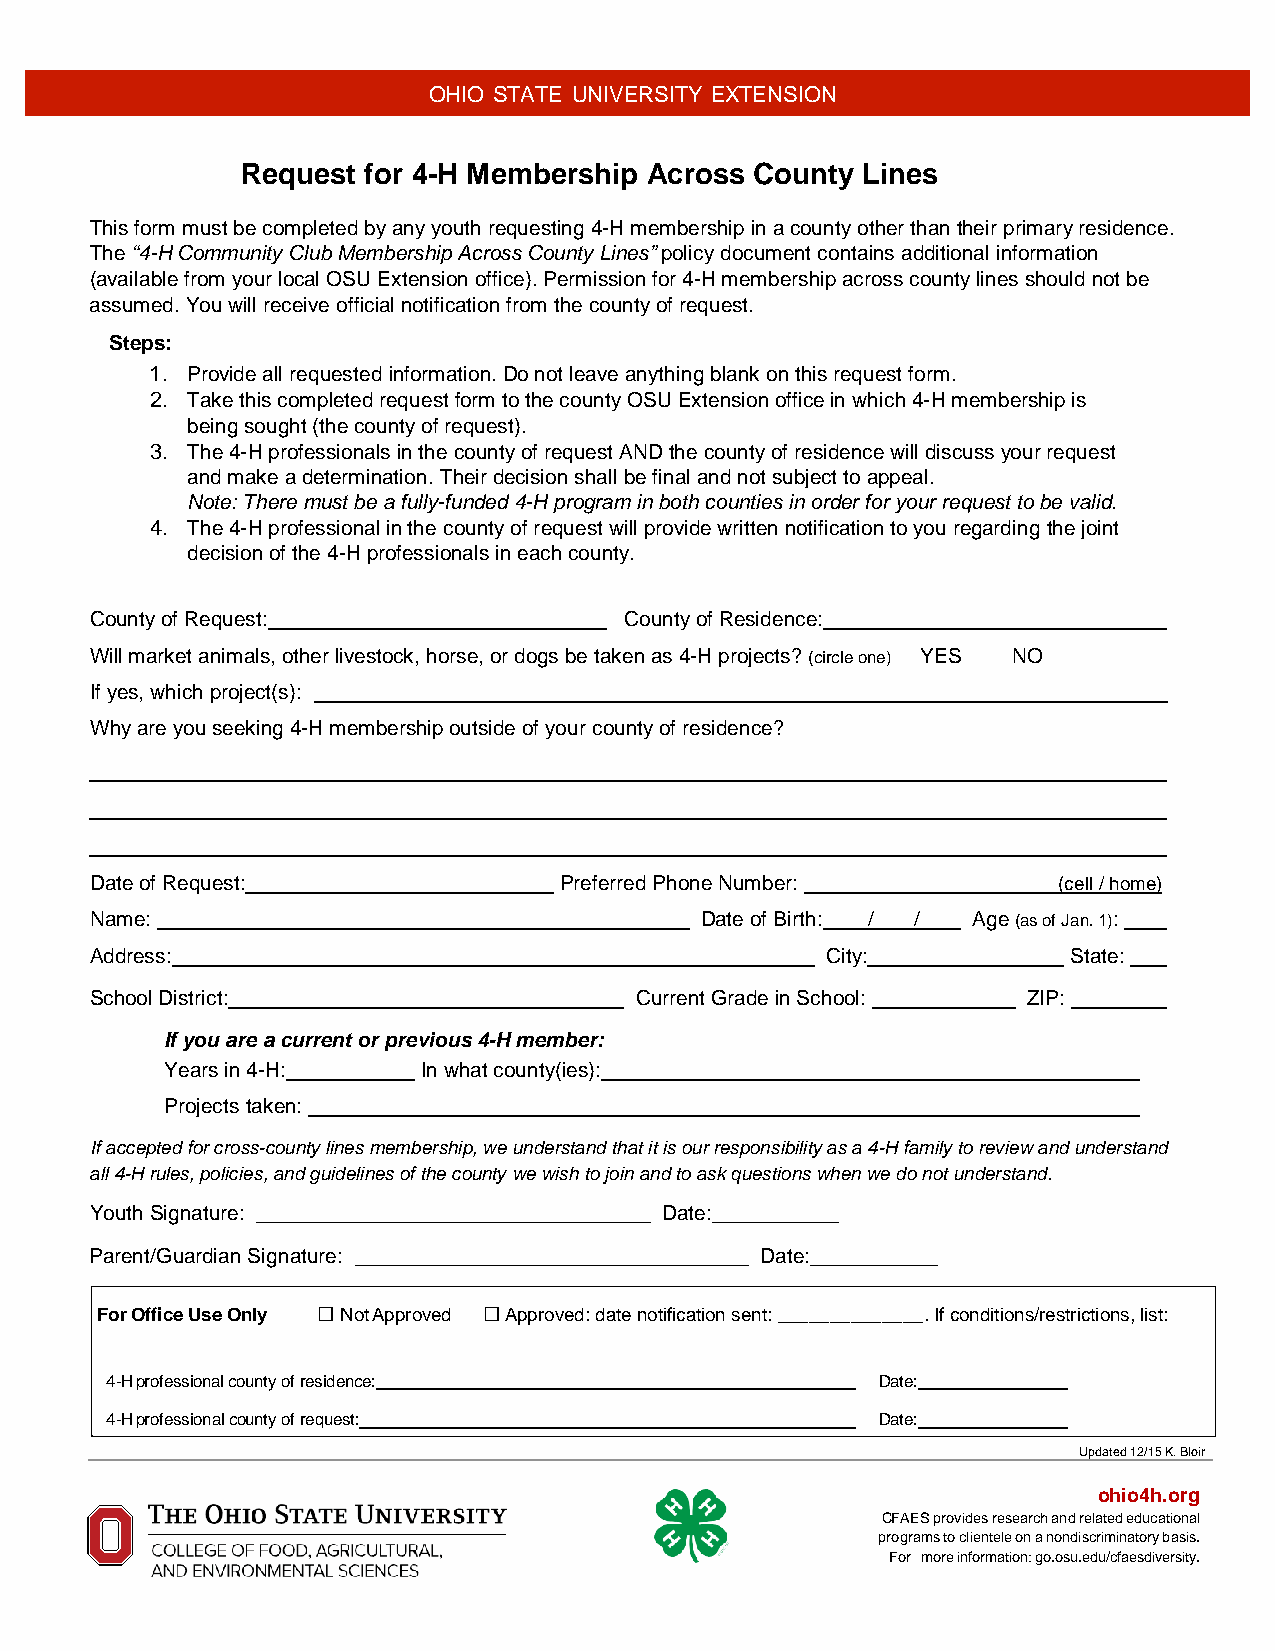
OHIO STATE UNIVERSITY EXTENSION
 Request for 4-H Membership Across County Lines
 This form must be completed by any youth requesting 4-H membership in a county other than their primary residence.
 The “4-H Community Club Membership Across County Lines” policy document contains additional information
 (available from your local OSU Extension office). Permission for 4-H membership across county lines should not be
 assumed. You will receive official notification from the county of request.
 Steps:
 1. Provide all requested information. Do not leave anything blank on this request form.
 2. Take this completed request form to the county OSU Extension office in which 4-H membership is
 being sought (the county of request).
 3. The 4-H professionals in the county of request AND the county of residence will discuss your request
 and make a determination. Their decision shall be final and not subject to appeal.
 Note: There must be a fully-funded 4-H program in both counties in order for your request to be valid.
 4. The 4-H professional in the county of request will provide written notification to you regarding the joint
 decision of the 4-H professionals in each county.
 County of Request:                 County of Residence:
 Will market animals, other livestock, horse, or dogs be taken as 4-H projects? (circle one) YES NO
 If yes, which project(s):
 Why are you seeking 4-H membership outside of your county of residence?
 Date of Request:               Preferred Phone Number:          (cell / home)
 Name:                                   Date of Birth: / / Age (as of Jan. 1):
 Address:                                         City:           State:
 School District:                    Current Grade in School:  ZIP:
 If you are a current or previous 4-H member:
 Years in 4-H:    In what county(ies):
 Projects taken:
 If accepted for cross-county lines membership, we understand that it is our responsibility as a 4-H family to review and understand
 all 4-H rules, policies, and guidelines of the county we wish to join and to ask questions when we do not understand.
 Youth Signature: __________________________________ Date:___________
 Parent/Guardian Signature: __________________________________ Date:___________
 □          □
 For Office Use Only Not Approved Approved: date notification sent: ______________. If conditions/restrictions, list:
 4-H professional county of residence:              Date:
 4-H professional county of request:                Date:
 Updated 12/15 K. Bloir
 ohio4h.org
 CFAES provides research and related educational
 programs to clientele on a nondiscriminatory basis.
 For more information: go.osu.edu/cfaesdiversity.